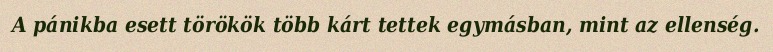
A pánikba esett törökök több kárt tettek egymásban, mint az ellenség.